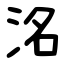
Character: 洺